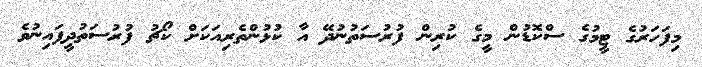
މިފަހަރުގެ ޓީމުގެ ސްކޮޑުން މީގެ ކުރިން ފުރުސަތުނުދޭ އާ ކުޅުންތެރިއަކަށް ކޯޗު ފުރުސަތުދީފައިނުވެ